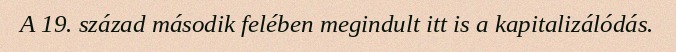
A 19. század második felében megindult itt is a kapitalizálódás.